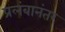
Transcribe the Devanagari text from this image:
प्रलंबानंतर